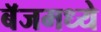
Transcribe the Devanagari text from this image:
बॅजमध्ये